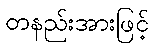
တနည်းအားဖြင့်